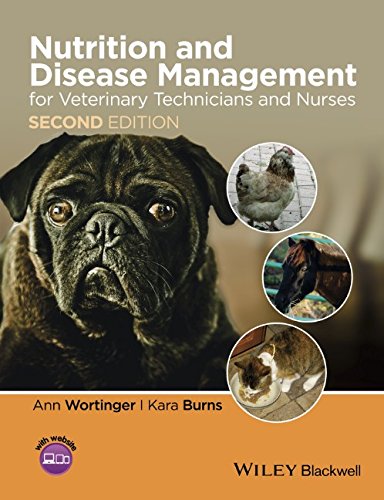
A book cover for Nutrition and Disease Management for Veterinary Technicians and Nurses; Ann Wortinger; Medical Books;